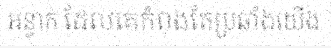
អន្ទាក់ ដែលគេកំពុងតែប្រឆាំងយើង